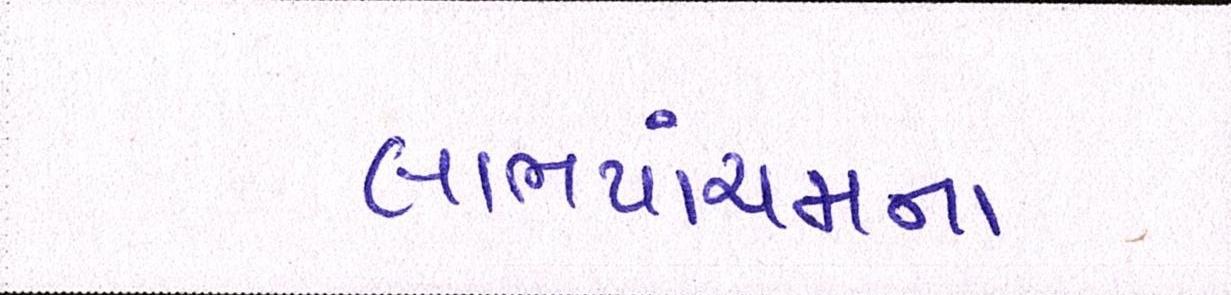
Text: લાભપાંચમના